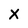
Character: X